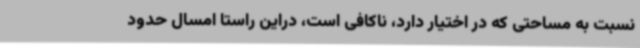
نسبت به مساحتی که در اختیار دارد، ناکافی است، دراین راستا امسال حدود